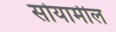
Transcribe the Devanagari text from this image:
सोयामील